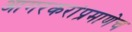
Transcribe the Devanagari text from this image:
आगरकरांप्रमाणेच